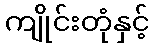
ကျိုင်းတုံနှင့်